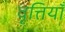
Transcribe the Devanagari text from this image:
वृत्तियॉँ